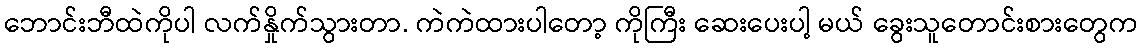
ဘောင်းဘီထဲကိုပါ လက်နှိုက်သွားတာ. ကဲကဲထားပါတော့ ကိုကြီး ဆေးပေးပါ့ မယ် ခွေးသူတောင်းစားတွေက